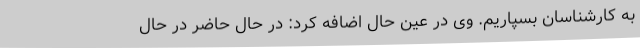
به کارشناسان بسپاریم. وی در عین حال اضافه کرد: در حال حاضر در حال